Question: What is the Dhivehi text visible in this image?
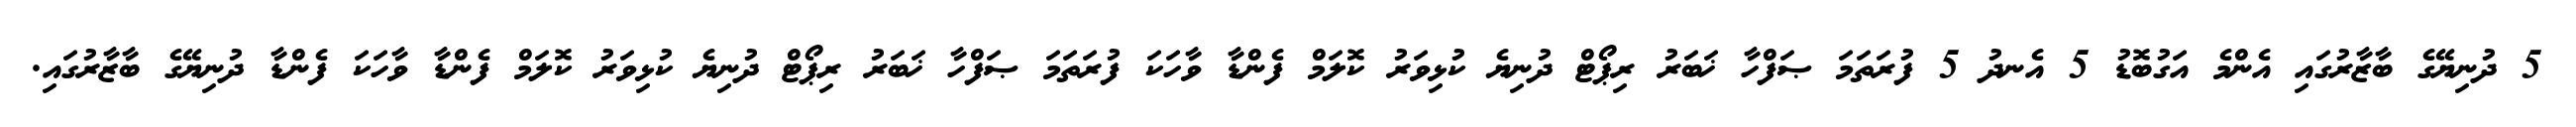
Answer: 5 ދުނިޔޭގެ ބާޒާރުގައި އެންމެ އަގުބޮޑު 5 އެނދު 5 ފުރަތަމަ ޞަފްހާ ޚަބަރު ރިޕޯޓް ދުނިޔެ ކުޅިވަރު ކޮލަމް ފެންޑާ ވާހަކަ ފުރަތަމަ ޞަފްހާ ޚަބަރު ރިޕޯޓް ދުނިޔެ ކުޅިވަރު ކޮލަމް ފެންޑާ ވާހަކަ ފެންޑާ ދުނިޔޭގެ ބާޒާރުގައި.